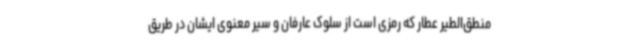
منطق‌الطیر عطار که رمزی است از سلوک عارفان و سیر معنوی ایشان در طریق